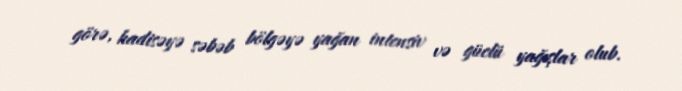
görə, hadisəyə səbəb bölgəyə yağan intensiv və güclü yağışlar olub.